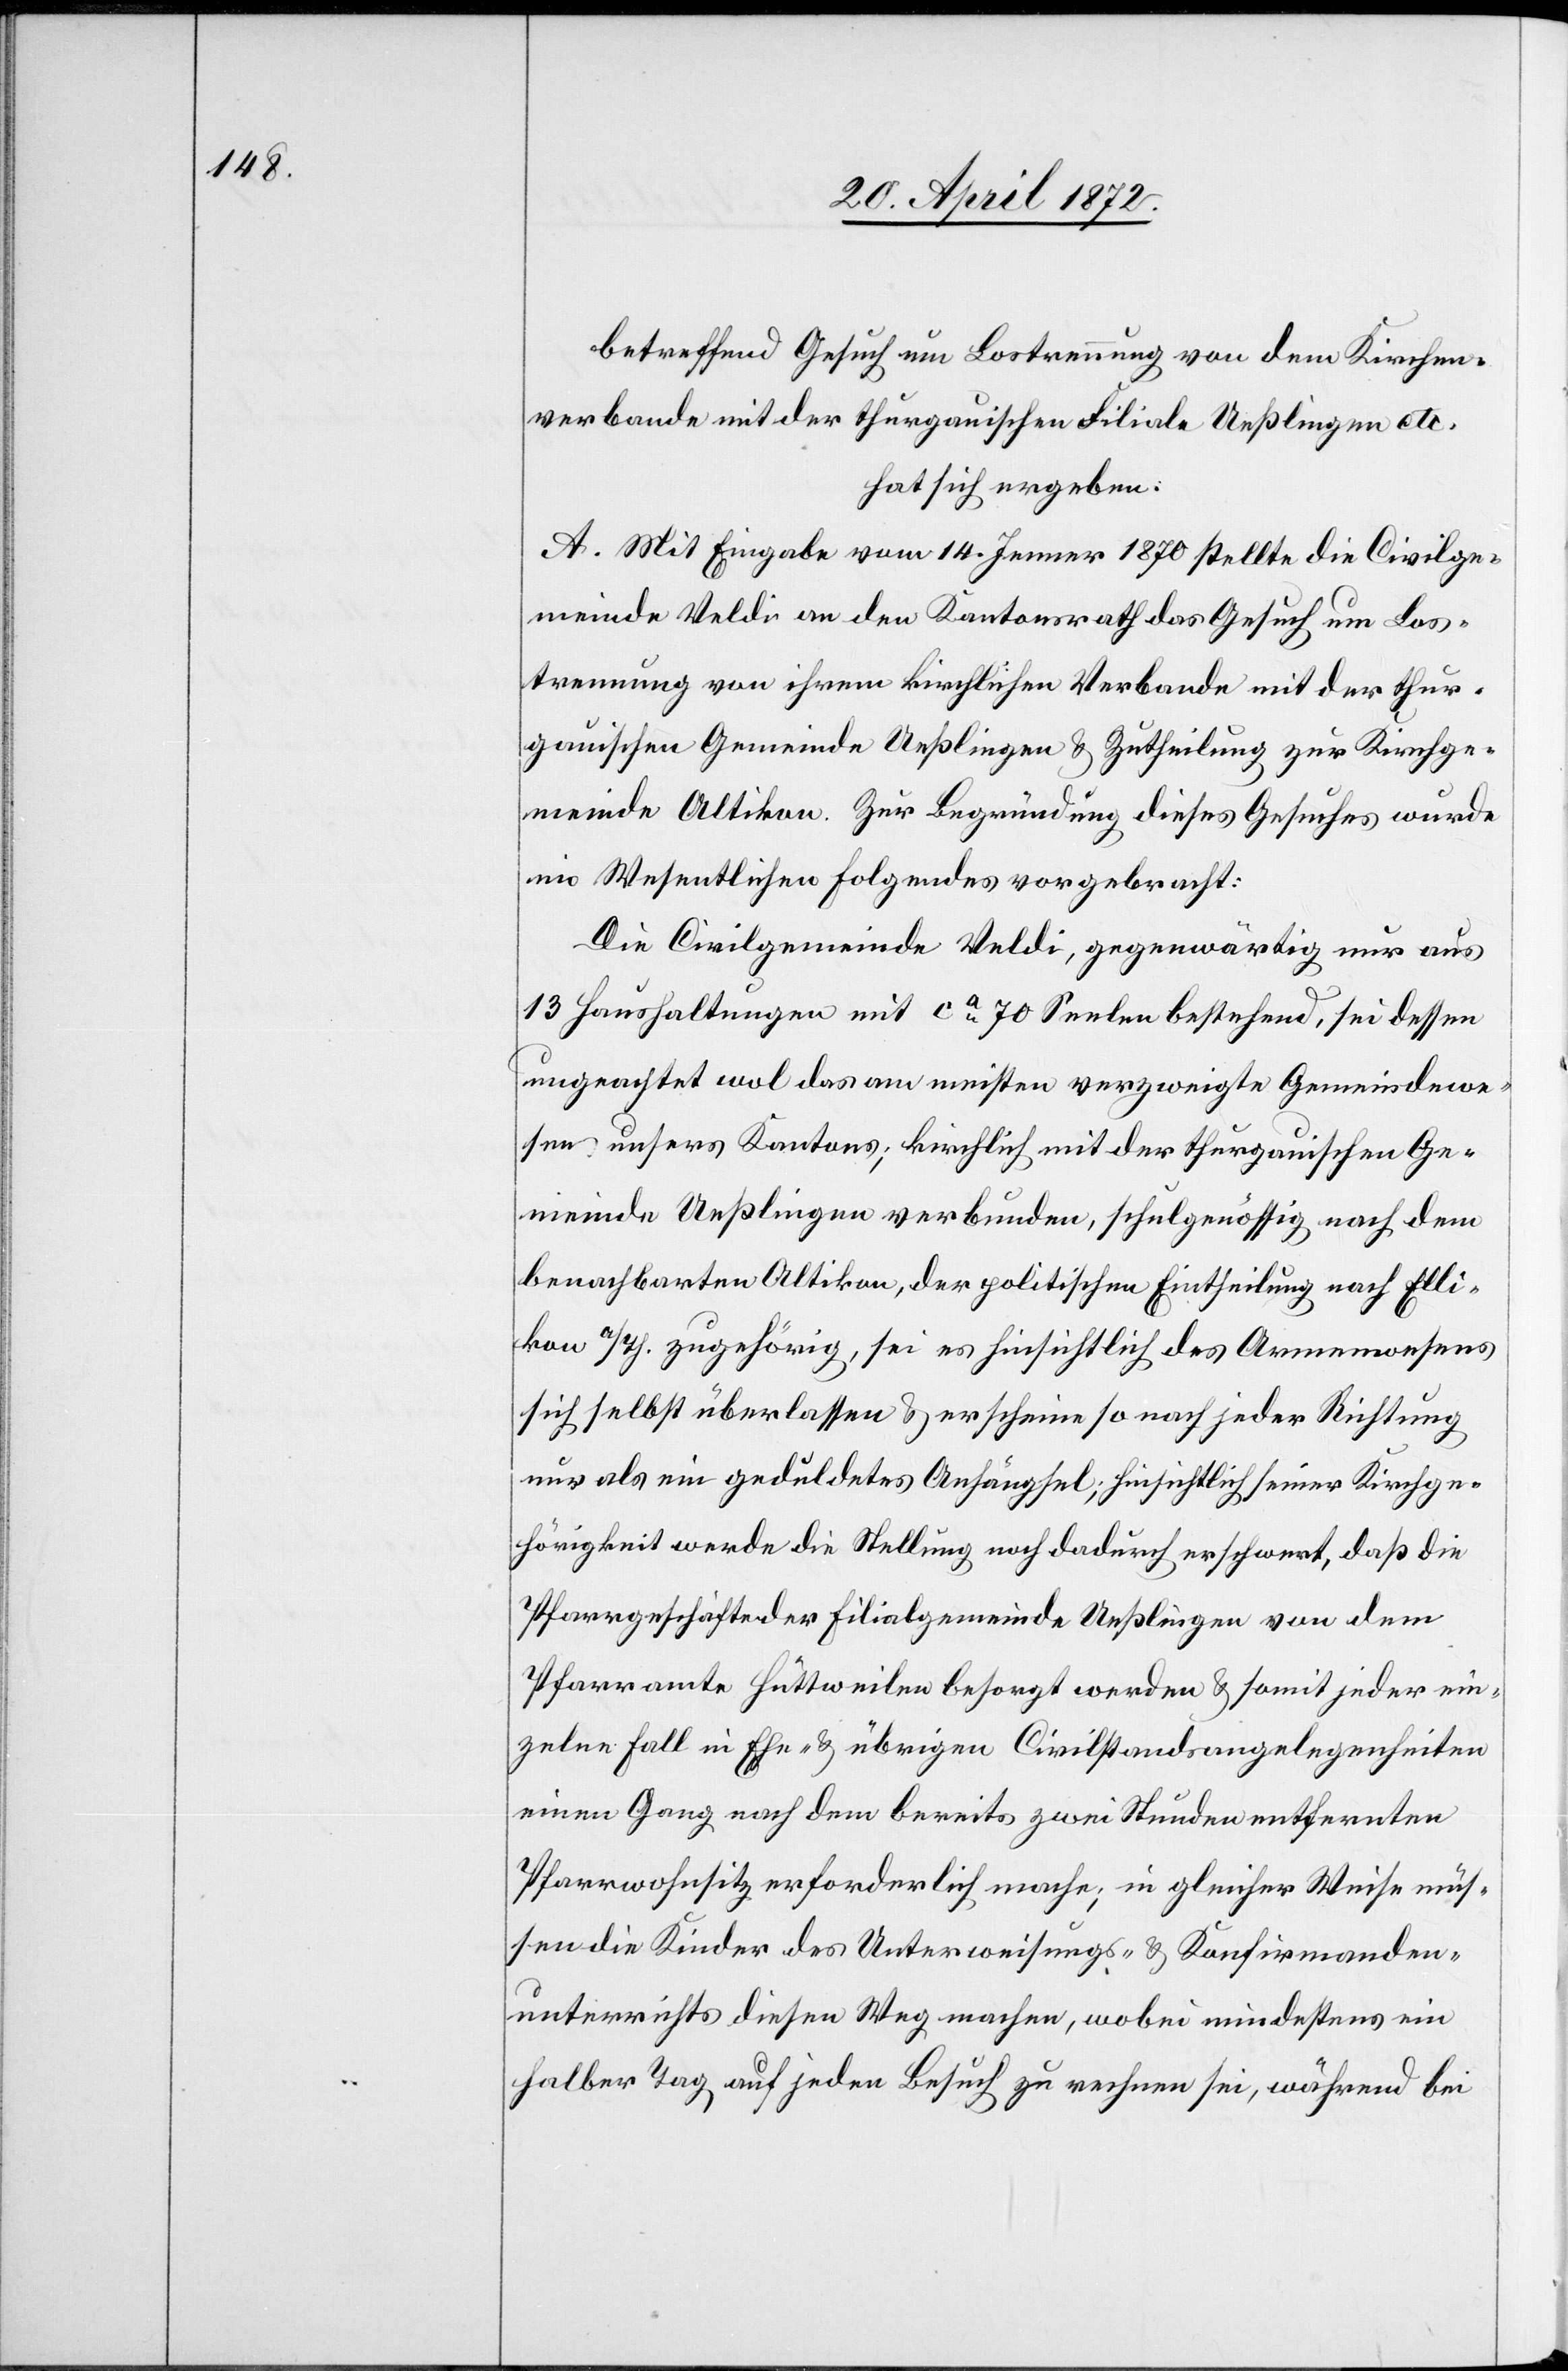
betreffend Gesuch um Lostrennung von dem Kirchen¬
verbande mit der thurgauischen Filiale Ueßlingen etc.
hat sich ergeben:
A. Mit Eingabe vom 14. Jenner 1870 stellte die Civilge¬
meinde Veldi an den Kantonsrath das Gesuch um Los¬
trennung von ihrem kirchlichen Verbande mit der thur¬
gauischen Gemeinde Ueßlingen u. Zutheilung zur Kirchge¬
meinde Altikon. Zur Begründung dieses Gesuches wurde
im Wesentlichen folgendes vorgebracht:
Die Civilgemeinde Veldi, gegenwärtig nur aus
13 Haushaltungen mit ca 70 Seelen bestehend, sei dessen
ungeachtet wol das am meisten verzweigte Gemeindewe¬
sen unsers Kantons; kirchlich mit der thurgauischen Ge¬
meinde Ueßlingen verbunden, schulgenössig nach dem
benachbarten Altikon, der politischen Eintheilung nach Elli¬
kon a/Th. zugehörig, sei es hinsichtlich des Armenwesens
sich selbst überlassen u. erscheine so nach jeder Richtung
nur als ein geduldetes Anhängsel; hinsichtlich seiner Kirchge¬
hörigkeit werde die Stellung noch dadurch erschwert, daß die
Pfarrgeschäfte der Filialgemeinde Ueßlingen von dem
Pfarramte Hüttweilen besorgt werden u. somit jeder ein¬
zelne Fall in Ehe- u. übrigen Civilstandsangelegenheiten
einen Gang nach dem bereits zwei Stunden entfernten
Pfarrwohnsitz erforderlich mache; in gleicher Weise müs¬
sen die Kinder des Unterweisungs- u. Konfirmanden¬
unterrichts diesen Weg machen, wobei mindestens ein
halber Tag auf jeden Besuch zu rechnen sei, während bei